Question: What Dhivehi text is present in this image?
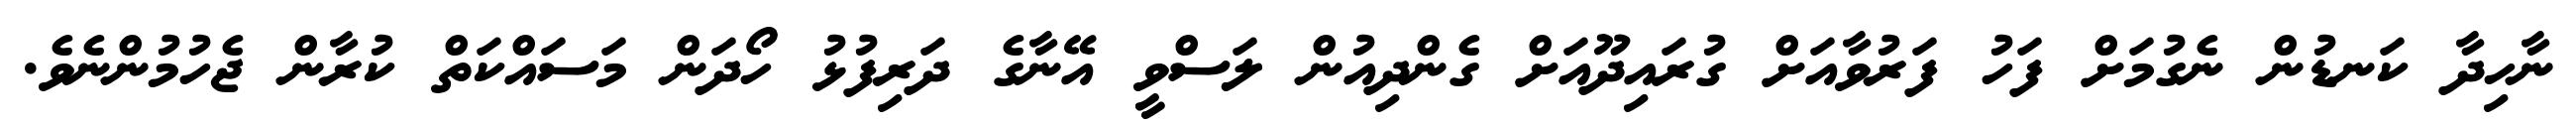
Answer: ނާހިދާ ކަނޑުން ނެގުމަށް ފަހު ފަރުވާއަށް ގުރައިދޫއަށް ގެންދިއުން ލަސްވީ އޭނާގެ ދަރިފުޅު ހޯދަން މަސައްކަތް ކުރާން ޖެހުމުންނެވެ.